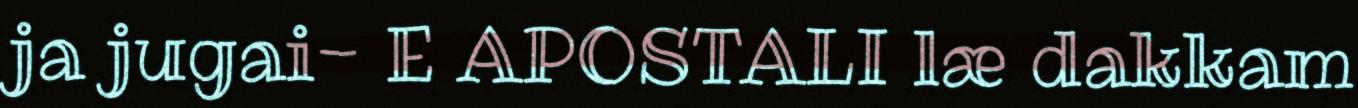
ja jugai- E APOSTALI læ dakkam